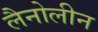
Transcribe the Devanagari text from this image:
लैनोलीन